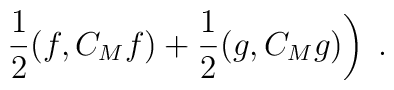
\left. \frac{1}{2}(f,C_M f) + \frac{1}{2}(g,C_M g) \right) \; .